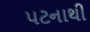
પટનાથી